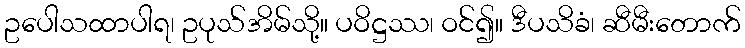
ဥပေါသထာပါရ၊ ဥပုသ်အိမ်သို့။ ပဝိဋ္ဌဿ၊ ဝင်၍။ ဒီပသိခံ၊ ဆီမီးတောက်